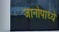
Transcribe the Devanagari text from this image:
जानोपाध्ये